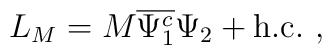
L_M=M \overline{\Psi_1^c}\Psi_2 + \mbox{h.c.}~,